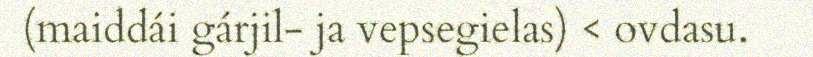
(maiddái gárjil- ja vepsegielas) < ovdasu.